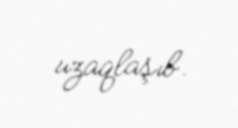
uzaqlaşıb.